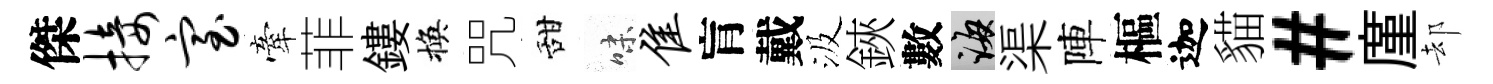
傑接室牽菲鏤換咒甜味隹肓戴汲鋏數誨渠陣樞迦貓#廑却